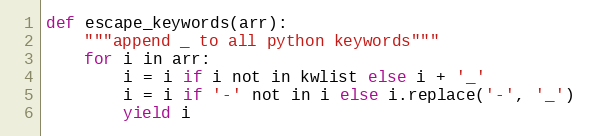
Language: Python
def escape_keywords(arr):
    """append _ to all python keywords"""
    for i in arr:
        i = i if i not in kwlist else i + '_'
        i = i if '-' not in i else i.replace('-', '_')
        yield i